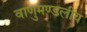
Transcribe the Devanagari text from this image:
वाणुमण्डलीय